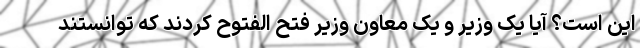
این است؟ آیا یک وزیر و یک معاون وزیر فتح الفتوح کردند که توانستند